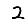
Digit: 2